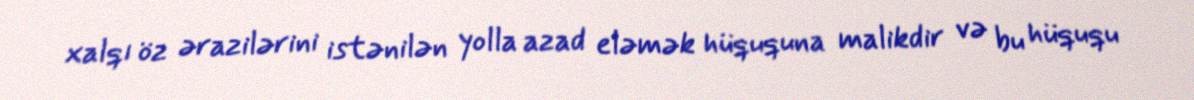
xalqı öz ərazilərini istənilən yolla azad eləmək hüququna malikdir və bu hüququ